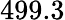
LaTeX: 499.3